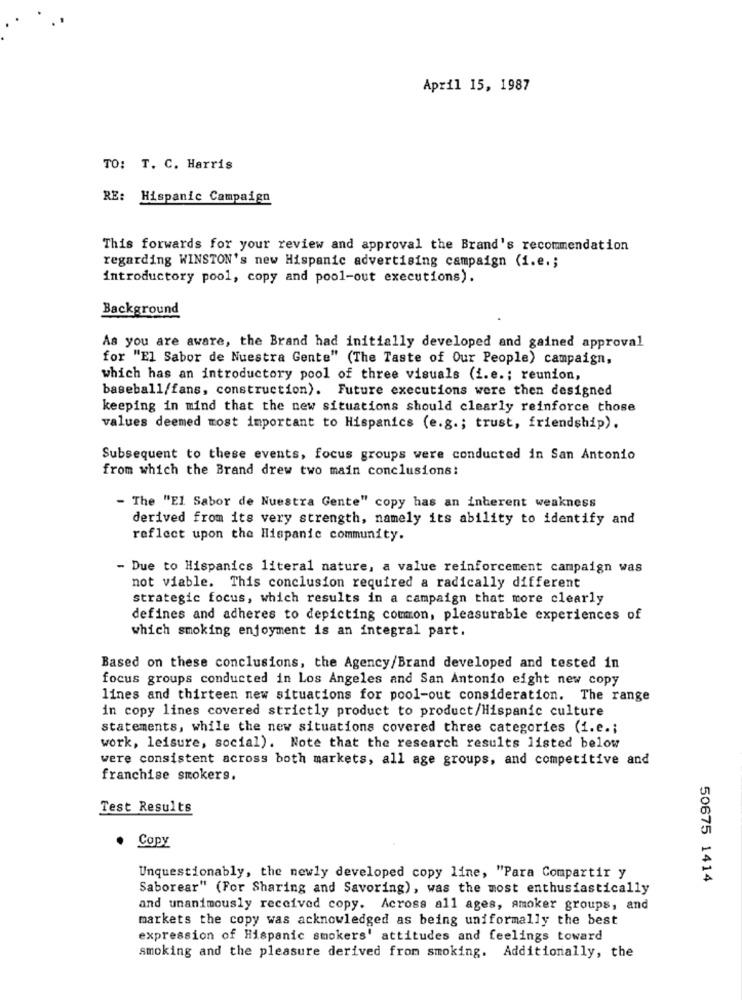
April 15, 1987
TO: T. C. Harris
RE: Hispanic Campaign
This forwards for your review and approval the Brand's recommendation
regarding WINSTON's new Hispanic advertising campaign (i.e .;
introductory pool, copy and pool-out executions).
Background
As you are aware, the Brand had initially developed and gained approval
for "El Sabor de Nuestra Gente" (The Taste of Our People) campaign,
which has an introductory pool of three visuals (i.e .; reunion,
baseball/fans, construction). Future executions were then designed
keeping in mind that the new situations should clearly reinforce those
values deemed most important to Hispanics (e.g .; trust, friendship).
Subsequent to these events, focus groups were conducted in San Antonio
from which the Brand drew two main conclusions:
- The "El Sabor de Nuestra Gente" copy has an inherent weakness
derived from its very strength, namely its ability to identify and
reflect upon the Hispanic community.
- Due to Hispanics literal nature, a value reinforcement campaign was
not viable. This conclusion required a radically different
strategic focus, which results in a campaign that more clearly
defines and adheres to depicting common, pleasurable experiences of
which smoking enjoyment is an integral part.
Based on these conclusions, the Agency/Brand developed and tested in
focus groups conducted in Los Angeles and San Antonio eight new copy
lines and thirteen new situations for pool-out consideration. The range
in copy lines covered strictly product to product/Hispanic culture
statements, while the new situations covered three categories (i.e .;
work, leisure, social). Note that the research results listed below
were consistent across both markets, all age groups, and competitive and
franchise smokers.
Test Results
Copy
Unquestionably, the newly developed copy line, "Para Compartir y
50675 1414
Saborear" (For Sharing and Savoring), was the most enthusiastically
and unanimously received copy. Across all ages, amoker groups, and
markets the copy was acknowledged as being uniformally the best
expression of Hispanic smokers' attitudes and feelings toward
smoking and the pleasure derived from smoking. Additionally, the